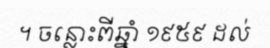
។ ចន្លោះពីឆ្នាំ ១៩៥៩ ដល់